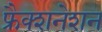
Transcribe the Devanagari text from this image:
फ्रैक्शनेशन